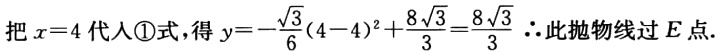
把\(x = 4\)代人\textcircled{1}式，得\(y = -\frac{\sqrt{3}}{6}(4 - 4)^{2}+\frac{8\sqrt{3}}{3}=\frac{8\sqrt{3}}{3}\)  \(\therefore\)此抛物线过\(E\)点.